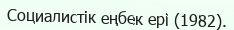
Социалистік еңбек ері (1982).